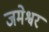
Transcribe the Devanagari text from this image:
जमेश्वर